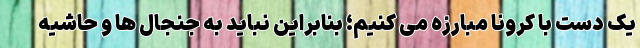
یک دست با کرونا مبارزه می کنیم؛ بنابراین نباید به جنجال ها و حاشیه